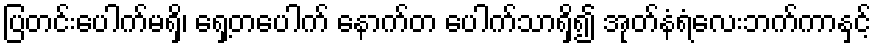
ပြတင်းပေါက်မရှိ၊ ရှေ့တပေါက် နောက်တ ပေါက်သာရှိ၍ အုတ်နံရံလေးဘက်ကာနှင့်